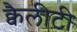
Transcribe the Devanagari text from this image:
क्वैलीटी